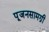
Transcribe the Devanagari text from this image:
पूजनसामग्री